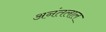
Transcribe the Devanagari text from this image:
अनंतलाल